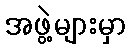
အဖွဲ့များမှာ